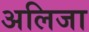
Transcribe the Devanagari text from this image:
अलिजा